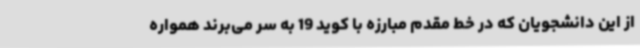
از این دانشجویان که در خط مقدم مبارزه با کوید 19 به سر می‌برند همواره